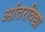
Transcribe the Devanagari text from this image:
आंतरविद्या